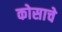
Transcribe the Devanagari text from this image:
कोसाचे